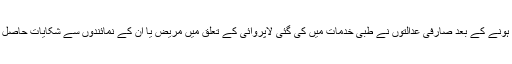
اِس قانون کے لاگو ہونے کے بعد صارفی عدالتوں نے طبی خدمات میں کی گئی لاپروائی کے تعلق میں مریض یا اُن کے نمائندوں سے شکایات حاصل کرنا شروع کر دیا۔